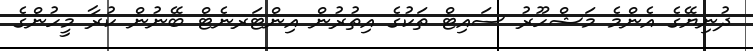
ދުނިޔޭގެ އެންމެ މަޝްހޫރު ސައިޓް ތަކުގެ އިތުރުން އިންޓަރނެޓް ބޭނުން ކުރާ މީހުންގެ